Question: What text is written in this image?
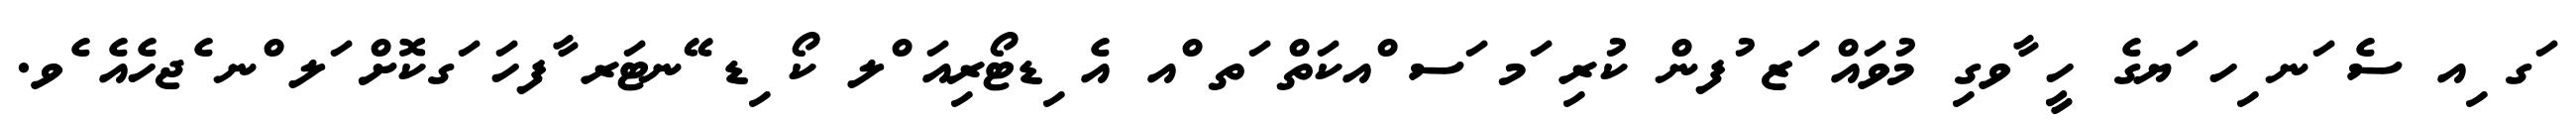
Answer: ަގ ިއ ސެ ަނ ިހ ަޔގެ ހީ ާވގި މުވައް ަޒ ުފން ކުރި ަމ ަސ ްއކަތް ަތ ްއ އެ ިޑޓޯރިއަ ްލ ކޯ ިޑ ޭނޓަރ ާފހަ ަގކޮށް ަލ ްނ ެޖހެއެ ެވ.